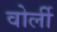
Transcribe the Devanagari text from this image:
वोर्ली